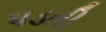
પડતી